Some observations on the poison of the banded krait (Bungarus fasciatus) - Number 7
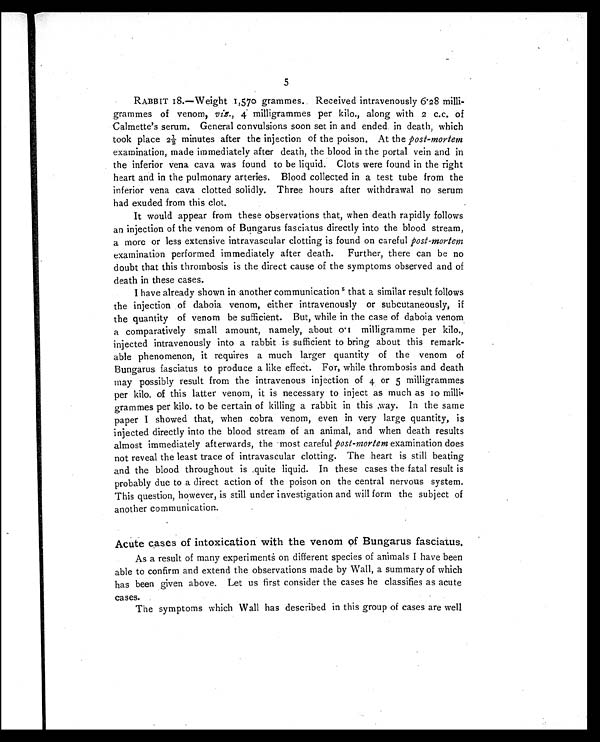
5
RABBIT 18.— Weight 1,570 grammes. Received intravenously 6.28 milli-
grammes of venom, viz., 4 milligrammes per kilo., along with 2 c.c. of
Calmette's serum. General convulsions soon set in and ended in death, which
took place 2½ minutes after the injection of the poison. At the post-mortem
examination, made immediately after death, the blood in the portal vein and in
the inferior vena cava was found to be liquid. Clots were found in the right
heart and in the pulmonary arteries. Blood collected in a test tube from the
inferior vena cava clotted solidly. Three hours after withdrawal no serum
had exuded from this clot.
It would appear from these observations that, when death rapidly follows
an injection of the venom of Bungarus fasciatus directly into the blood stream,
a more or less extensive intravascular clotting is found on careful post-mortem
examination performed immediately after death. Further, there can be no
doubt that this thrombosis is the direct cause of the symptoms observed and of
death in these cases.
I have already shown in another communication 5 that a similar result follows
the injection of daboia venom, either intravenously or subcutaneously, if
the quantity of venom be sufficient. But, while in the case of daboia venom
a comparatively small amount, namely, about 0.1 milligramme per kilo.,
injected intravenously into a rabbit is sufficient to bring about this remark
-able phenomenon, it requires a much larger quantity of the venom of
Bungarus fasciatus to produce a like effect. For, while thrombosis and death
may possibly result from the intravenous injection of 4 or 5 milligrammes
per kilo. of this latter venom, it is necessary to inject as much as 10 milli-
grammes per kilo. to be certain of killing a rabbit in this .way. In the same
paper I showed that, when cobra venom, even in very large quantity, is
injected directly into the blood stream of an animal, and when death results
almost immediately afterwards, the most careful post-mortem examination does
not reveal the least trace of intravascular clotting. The heart is still beating
and the blood throughout is quite liquid. In these cases the fatal result is
probably due to a direct action of the poison on the central nervous system.
This question, however, is still under investigation and will form the subject of
another communication.
Acute cases of intoxication with the venom of Bungarus fasciatus.
As a result of many experiments on different species of animals I have been
able to confirm and extend the observations made by Wall, a summary of which
has been given above. Let us first consider the cases he classifies as acute
cases.
The symptoms which Wall has described in this group of cases are well.